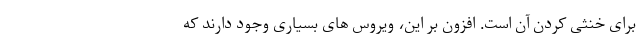
برای خنثی کردن آن است. افزون بر این، ویروس های بسیاری وجود دارند که